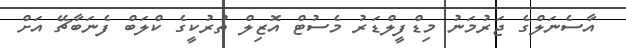
އާސެނަލްގެ ޖަރުމަނު މިޑްފީލްޑަރު މެސުޓް އޮޒިލް ތުރުކީގެ ކްލަބް ފެނަބާޗޭ އަށް